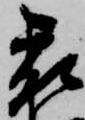
被